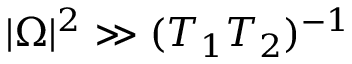
| \Omega | ^ { 2 } \gg ( T _ { 1 } T _ { 2 } ) ^ { - 1 }